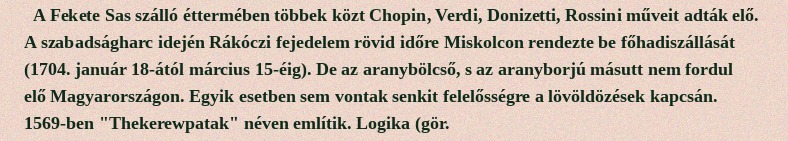
A Fekete Sas szálló éttermében többek közt Chopin, Verdi, Donizetti, Rossini műveit adták elő. A szabadságharc idején Rákóczi fejedelem rövid időre Miskolcon rendezte be főhadiszállását (1704. január 18-ától március 15-éig). De az aranybölcső, s az aranyborjú másutt nem fordul elő Magyarországon. Egyik esetben sem vontak senkit felelősségre a lövöldözések kapcsán. 1569-ben "Thekerewpatak" néven említik. Logika (gör.